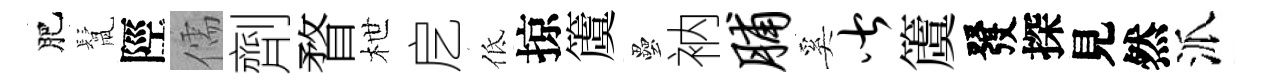
肥鬛陘儒劑瞀枻戹低掠𥵂壘衲脯奚皆𥵂發探見然派